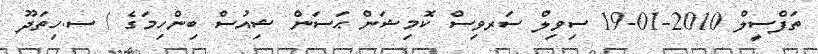
ތަފްސީލް 2010-01-19 ސިވިލް ސަރވިސް ކޮމިޝަން ޙަސަން ޝިއުސް ބިންހިމަގެ / ސ.ހިތަދޫ